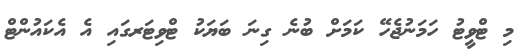
މި ޓްވީޓު ހަމަނުޖެހޭ ކަމަށް ބުނެ ގިނަ ބަޔަކު ޓްވިޓަރގައި އެ އެކައުންޓް